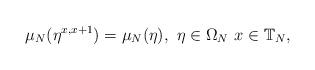
LaTeX: \begin{align*}\mu_N(\eta^{x,x+1})=\mu_N(\eta), \,\,\eta\in \Omega_N \,\,x\in \mathbb{T}_N,\end{align*}